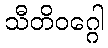
သီတိဝဂ္ဂေါ